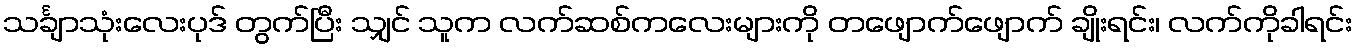
သင်္ချာသုံးလေးပုဒ် တွက်ပြီး သျှင် သူက လက်ဆစ်ကလေးများကို တဖျောက်ဖျောက် ချိုးရင်း၊ လက်ကိုခါရင်း